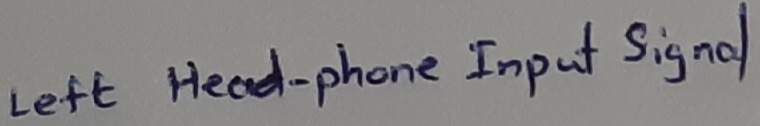
Text: Left headphone-Input signal